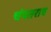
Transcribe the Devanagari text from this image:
चंपतराव